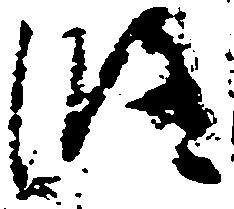
修